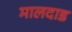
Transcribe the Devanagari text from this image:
मालदाड